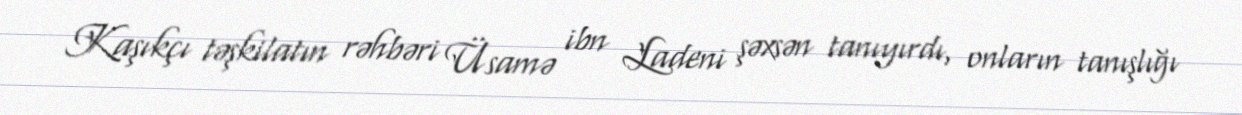
Kaşıkçı təşkilatın rəhbəri Üsamə ibn Ladeni şəxsən tanıyırdı, onların tanışlığı